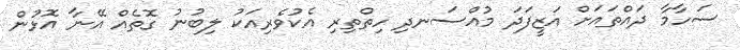
ސަހާމާ ދައްތައަށް އަޒީފަދަ މުއްސަނދި ހިތްތިރި އެކުވެރިއަކު ލިބުނު ގޮތެއް އޭނާ އޮޅުން